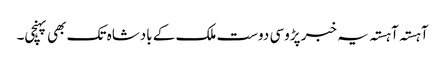
آہستہ آہستہ یہ خبر پڑوسی دوست ملک کے بادشاہ تک بھی پہنچی۔